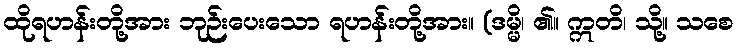
ထိုရဟန်းတို့အား ဘုဉ်းပေးသော ရဟန်းတို့အား။ (ဒမ္မိ၊ ၏။ ဣတိ၊ သို့။ သစေ